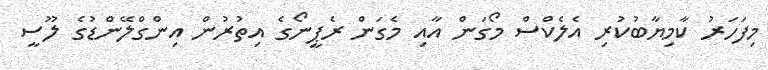
މިފަހަރު ކާމިޔާބުކުރި އެލެކްސް މޯގަން އާއި މެގަން ރެޕީނޯގެ އިތުރުން އިންގްލޭންޑުގެ ލޫސީ